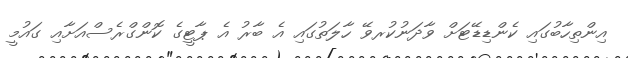
އިންތިހާބުގައި ކެންޑިޑޭޓަށް ވާދަނުކުރވޭ ހާލަތުގައި އެ ބާރު އެ ޕާޓީގެ ކޮންގްރެސްއަށާއި ގައުމީ